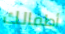
أطفالك